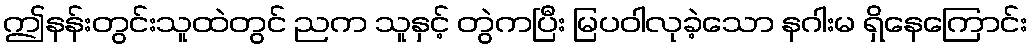
ဤနန်းတွင်းသူထဲတွင် ညက သူနှင့် တွဲကပြီး မြပဝါလုခဲ့သော နဂါးမ ရှိနေကြောင်း